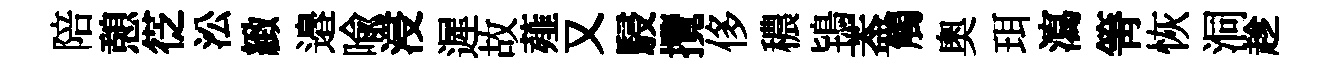
陪憩徔㳂緻邉喩浸遲故薤又駸攬侈穠鴇葢觸奧珥瀉箐恢洞趁